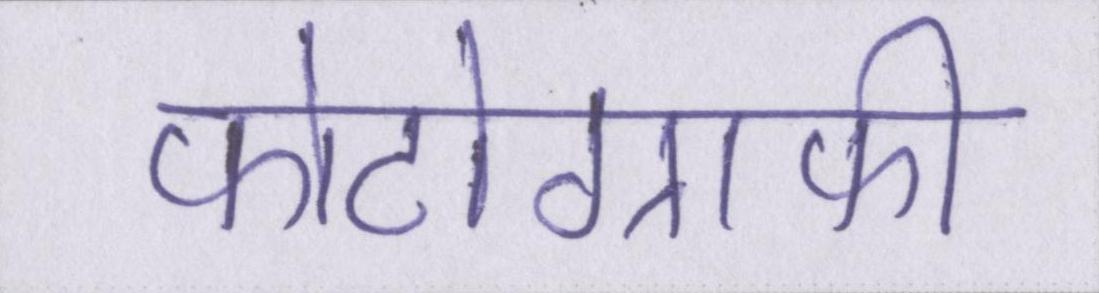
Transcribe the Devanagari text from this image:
फोटोग्राफी